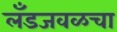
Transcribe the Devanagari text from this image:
लँडजवळचा